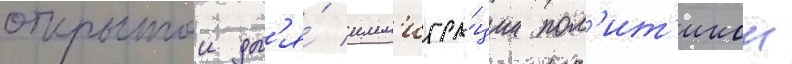
открытои дл'я́ имм'игра́ции пол'ит'икои